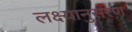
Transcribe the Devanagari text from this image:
लक्ष्यानुसरण